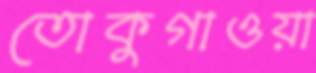
তোকুগাওয়া